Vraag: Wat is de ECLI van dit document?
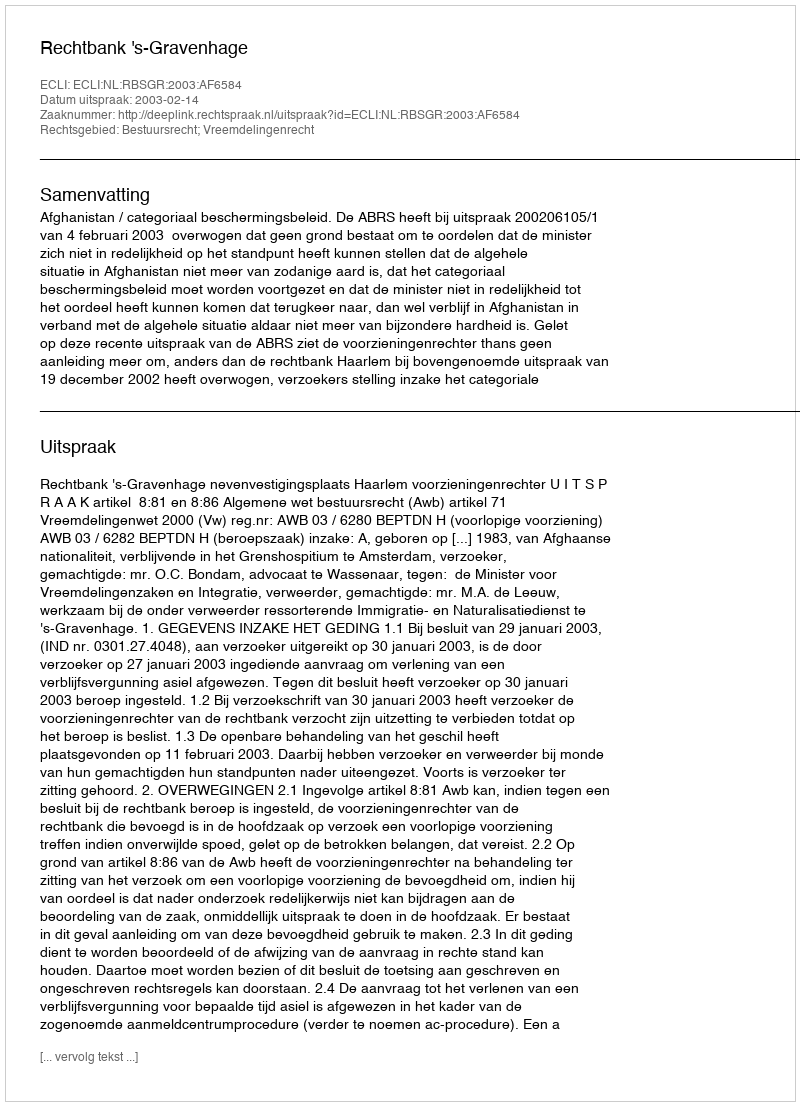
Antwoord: ECLI:NL:RBSGR:2003:AF6584